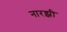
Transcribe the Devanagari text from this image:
नारझी